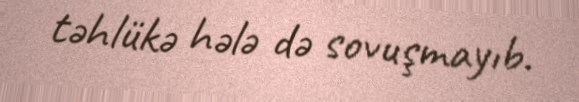
təhlükə hələ də sovuşmayıb.